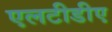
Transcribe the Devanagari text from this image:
एलटीडीए